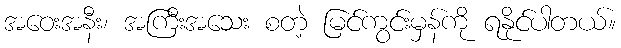
အဝေးအနီး၊ အကြီးအသေး စတဲ့ မြင်ကွင်းမှန်ကို ရနိုင်ပါတယ်။